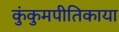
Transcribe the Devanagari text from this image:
कुंकुमपीतिकाया